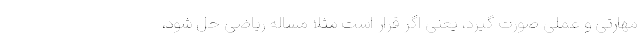
مهارتی و عملی صورت گیرد، یعنی اگر قرار است مثلا مساله ریاضی حل شود،